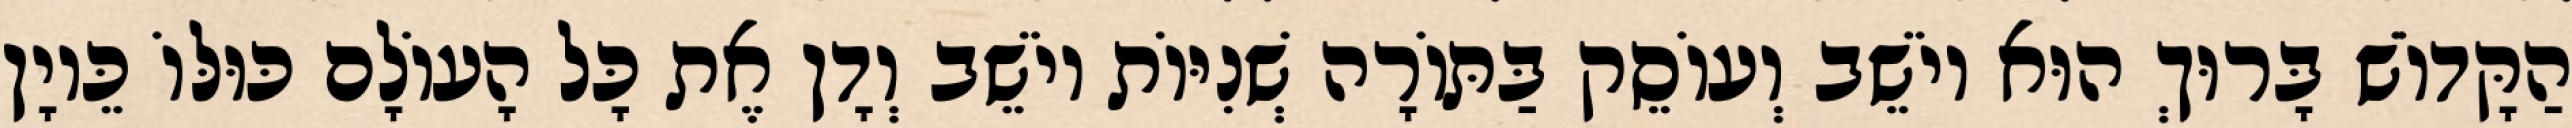
הַקָּדוֹשׁ בָּרוּךְ הוּא יוֹשֵׁב וְעוֹסֵק בַּתּוֹרָה שְׁנִיּוֹת יוֹשֵׁב וְדָן אֶת כָּל הָעוֹלָם כּוּלּוֹ כֵּיוָן